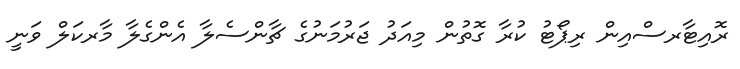
ރޮއިޓާރސްއިން ރިޕޯޓު ކުރާ ގޮތުން މިއަދު ޖަރުމަނުގެ ޗާންސެލާ އެންގެލާ މާރކަލް ވަނީ